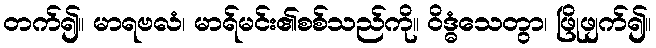
တက်၍။ မာရဗလံ၊ မာရ်မင်း၏စစ်သည်ကို။ ဝိဒ္ဓံသေတွာ၊ ဖြိုဖျက်၍။